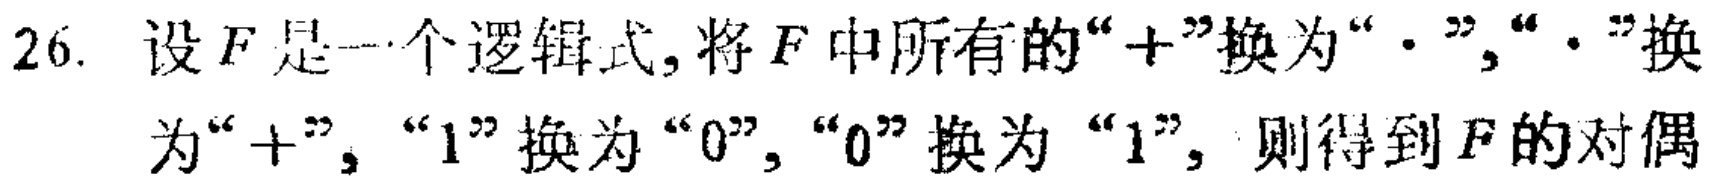
26. 设\(F\)是一个逻辑式,将\(F\)中所有的“\(+\)”换为“\(\cdot\)”,“\(\cdot\)”换为“\(+\)”,“\(1\)”换为“\(0\)”,“\(0\)”换为“\(1\)”, 则得到\(F\)的对偶